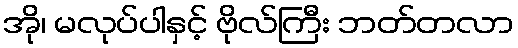
အို၊ မလုပ်ပါနှင့် ဗိုလ်ကြီး ဘတ်တလာ